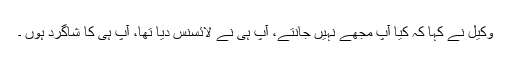
وکیل نے کہا کہ کیا آپ مجھے نہیں جانتے، آپ ہی نے لائسنس دیا تھا، آپ ہی کا شاگرد ہوں ۔